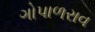
ગોપાળરાવ